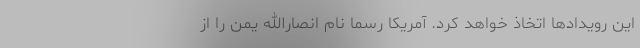
این رویدادها اتخاذ خواهد کرد. آمریکا رسما نام انصارالله یمن را از